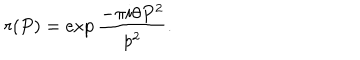
LaTeX: r ( P ) = \exp { \frac { - \pi i \theta P ^ { 2 } } { p ^ { 2 } } } .